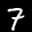
Label: 7